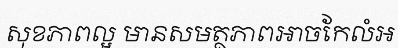
សុខភាពល្អ មានសមត្ថភាពអាចកែលំអ